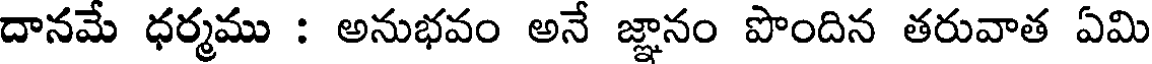
దానమే ధర్మము : అనుభవం అనే జ్ఞానం పొందిన తరువాత ఏమి